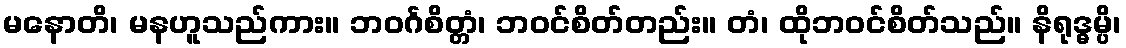
မနောတိ၊ မနဟူသည်ကား။ ဘဝင်္ဂစိတ္တံ၊ ဘဝင်စိတ်တည်း။ တံ၊ ထိုဘဝင်စိတ်သည်။ နိရုဒ္ဓမ္ပိ၊